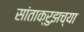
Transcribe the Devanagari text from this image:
सांताक्रुझच्या